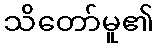
သိတော်မူ၏